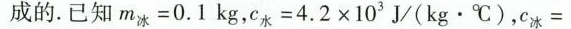
成的.已知$$m _ { 冰 } = 0 . 1 k g$$，$$c _ { 水 } = 4 . 2 \times 1 0 ^ { 3 }$$ J/(kg·℃)，$$c _ { 冰 } =